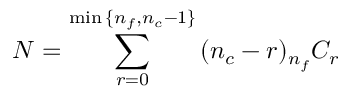
{ \cal N } = \sum _ { r = 0 } ^ { \mathrm { m i n } \, \{ n _ { f } , n _ { c } - 1 \} } \, ( n _ { c } - r ) { } _ { n _ { f } } C _ { r }